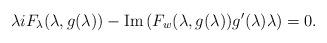
LaTeX: \begin{align*}\lambda i F_{\lambda}(\lambda,g(\lambda))-\mbox{Im}\left(F_w(\lambda,g(\lambda))g'(\lambda)\lambda\right)=0.\end{align*}